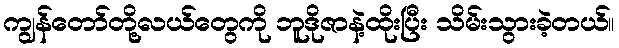
ကျွန်တော်တို့လယ်တွေကို ဘူဒိုဇာနဲ့ထိုးပြီး သိမ်းသွားခဲ့တယ်။